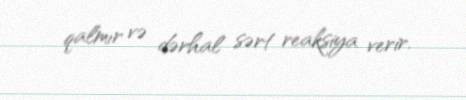
qalmır və dərhal sərt reaksiya verir.